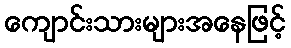
ကျောင်းသားများအနေဖြင့်